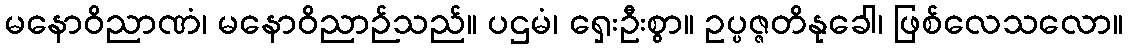
မနောဝိညာဏံ၊ မနောဝိညာဉ်သည်။ ပဌမံ၊ ရှေးဦးစွာ။ ဥပ္ပဇ္ဇတိနုခေါ၊ ဖြစ်လေသလော။